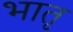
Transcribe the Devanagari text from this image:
भातृ